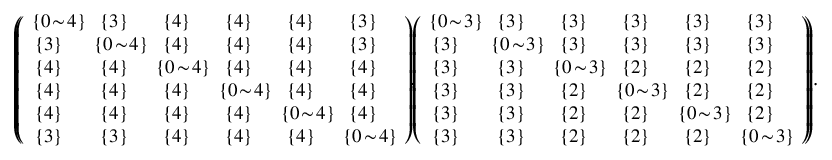
\begin{array} { r l } & { \small { \left( \! \! \left( \begin{array} { l l l l l l } { \! \{ 0 \! \sim \! 4 \} \! \! } & { \{ 3 \} } & { \{ 4 \} } & { \{ 4 \} } & { \{ 4 \} } & { \{ 3 \} } \\ { \{ 3 \} } & { \! \! \{ 0 \! \sim \! 4 \} \! \! } & { \{ 4 \} } & { \{ 4 \} } & { \{ 4 \} } & { \{ 3 \} } \\ { \{ 4 \} } & { \{ 4 \} } & { \! \! \{ 0 \! \sim \! 4 \} \! \! } & { \{ 4 \} } & { \{ 4 \} } & { \{ 4 \} } \\ { \{ 4 \} } & { \{ 4 \} } & { \{ 4 \} } & { \! \! \{ 0 \! \sim \! 4 \} \! \! } & { \{ 4 \} } & { \{ 4 \} } \\ { \{ 4 \} } & { \{ 4 \} } & { \{ 4 \} } & { \{ 4 \} } & { \! \! \{ 0 \! \sim \! 4 \} \! \! } & { \{ 4 \} } \\ { \{ 3 \} } & { \{ 3 \} } & { \{ 4 \} } & { \{ 4 \} } & { \{ 4 \} } & { \! \! \{ 0 \! \sim \! 4 \} \! } \end{array} \right) \! \! , \! \! \left( \begin{array} { l l l l l l } { \! \{ 0 \! \sim \! 3 \} \! \! } & { \{ 3 \} } & { \{ 3 \} } & { \{ 3 \} } & { \{ 3 \} } & { \{ 3 \} } \\ { \{ 3 \} } & { \! \! \{ 0 \! \sim \! 3 \} \! \! } & { \{ 3 \} } & { \{ 3 \} } & { \{ 3 \} } & { \{ 3 \} } \\ { \{ 3 \} } & { \{ 3 \} } & { \! \! \{ 0 \! \sim \! 3 \} \! \! } & { \{ 2 \} } & { \{ 2 \} } & { \{ 2 \} } \\ { \{ 3 \} } & { \{ 3 \} } & { \{ 2 \} } & { \! \! \{ 0 \! \sim \! 3 \} \! \! } & { \{ 2 \} } & { \{ 2 \} } \\ { \{ 3 \} } & { \{ 3 \} } & { \{ 2 \} } & { \{ 2 \} } & { \! \! \{ 0 \! \sim \! 3 \} \! \! } & { \{ 2 \} } \\ { \{ 3 \} } & { \{ 3 \} } & { \{ 2 \} } & { \{ 2 \} } & { \{ 2 \} } & { \! \! \{ 0 \! \sim \! 3 \} \! } \end{array} \right) \! \! \right) \! . } } \end{array}